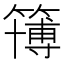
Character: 簙